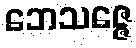
ဘေသဇ္ဇေ